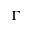
\Gamma